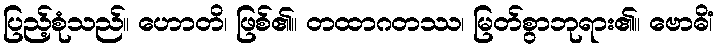
ပြည့်စုံသည်။ ဟောတိ၊ ဖြစ်၏။ တထာဂတဿ၊ မြတ်စွာဘုရား၏။ ဗောဓိံ၊